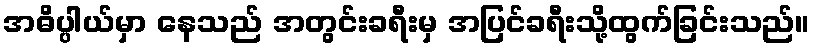
အဓိပ္ပါယ်မှာ နေသည် အတွင်းခရီးမှ အပြင်ခရီးသို့ထွက်ခြင်းသည်။